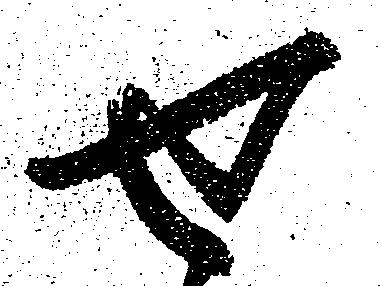
せ